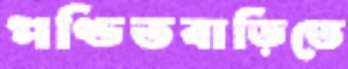
পণ্ডিতবাড়িতে